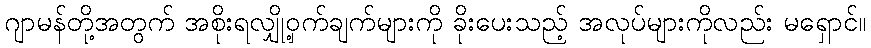
ဂျာမန်တို့အတွက် အစိုးရလျှို့ဝှက်ချက်များကို ခိုးပေးသည့် အလုပ်များကိုလည်း မရှောင်။